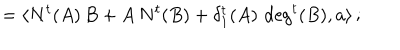
LaTeX: = \langle N ^ { t } ( A ) \, B + A \, N ^ { t } ( B ) + \delta _ { 1 } ^ { t } ( A ) \, \deg ^ { t } ( B ) , a \rangle \, ;